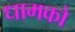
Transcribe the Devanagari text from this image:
धामको